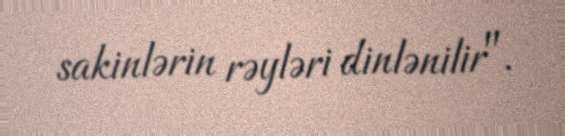
sakinlərin rəyləri dinlənilir".